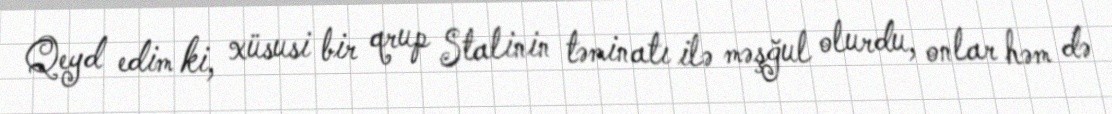
Qeyd edim ki, xüsusi bir qrup Stalinin təminatı ilə məşğul olurdu, onlar həm də